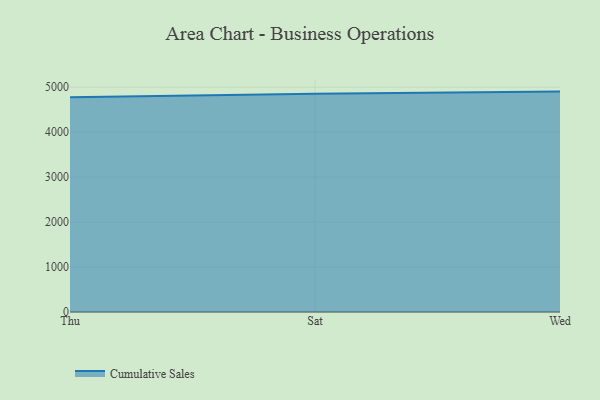
{"axis": {"x": "Day", "y": "Net Income (USD K)"}, "legend": ["Cumulative Sales"], "data": [{"x": "Thu", "y": 4776.8, "type": "Cumulative Sales"}, {"x": "Sat", "y": 4851.9, "type": "Cumulative Sales"}, {"x": "Wed", "y": 4901.4, "type": "Cumulative Sales"}]}